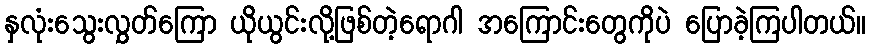
နှလုံးသွေးလွှတ်ကြော ယိုယွင်းလို့ဖြစ်တဲ့ရောဂါ အကြောင်းတွေကိုပဲ ပြောခဲ့ကြပါတယ်။